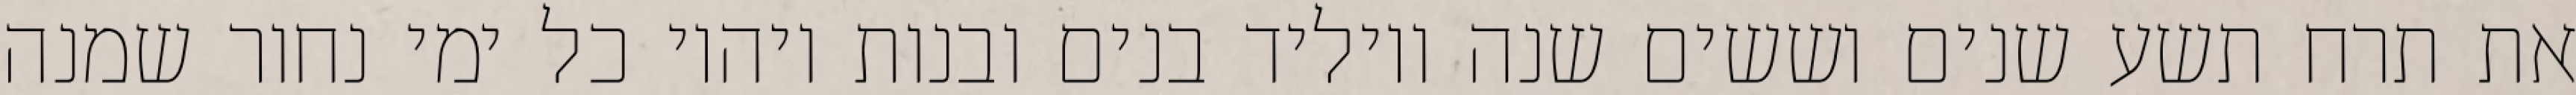
את תרח תשע שנים וששים שנה ויוליד בנים ובנות ויהיו כל ימי נחור שמנה